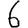
Digit: 6